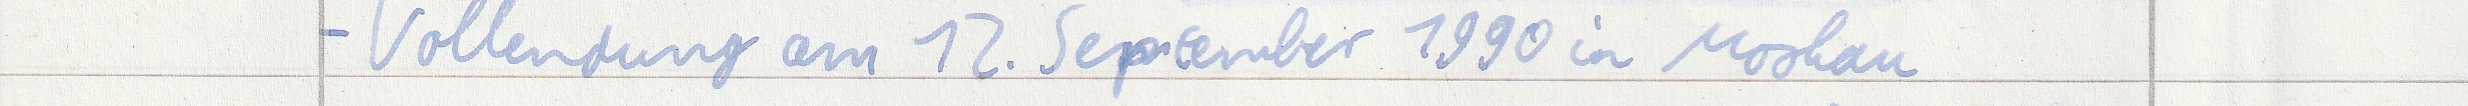
- Vollendung am 12. September 1990 in Moskau